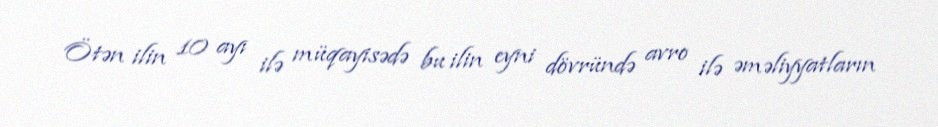
Ötən ilin 10 ayı ilə müqayisədə bu ilin eyni dövründə avro ilə əməliyyatların